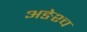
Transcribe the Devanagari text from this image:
अङेश्च